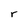
Character: r